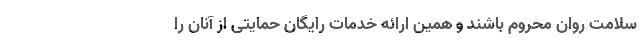
سلامت روان محروم باشند و همین ارائه خدمات رایگان حمایتی از آنان را